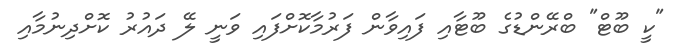
"ކީ ބޫޓް" ބްރޭންޑުގެ ބޫޓާއި ފައިވާން ފަރުމާކޮށްފައި ވަނީ ލޭ ދައުރު ކޮށްދިނުމާއި